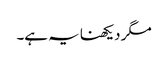
مگر دیکھنا یہ ہے۔